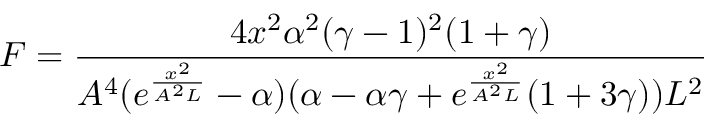
F = \frac { 4 x ^ { 2 } \alpha ^ { 2 } ( \gamma - 1 ) ^ { 2 } ( 1 + \gamma ) } { A ^ { 4 } ( e ^ { \frac { x ^ { 2 } } { A ^ { 2 } L } } - \alpha ) ( \alpha - \alpha \gamma + e ^ { \frac { x ^ { 2 } } { A ^ { 2 } L } } ( 1 + 3 \gamma ) ) L ^ { 2 } }